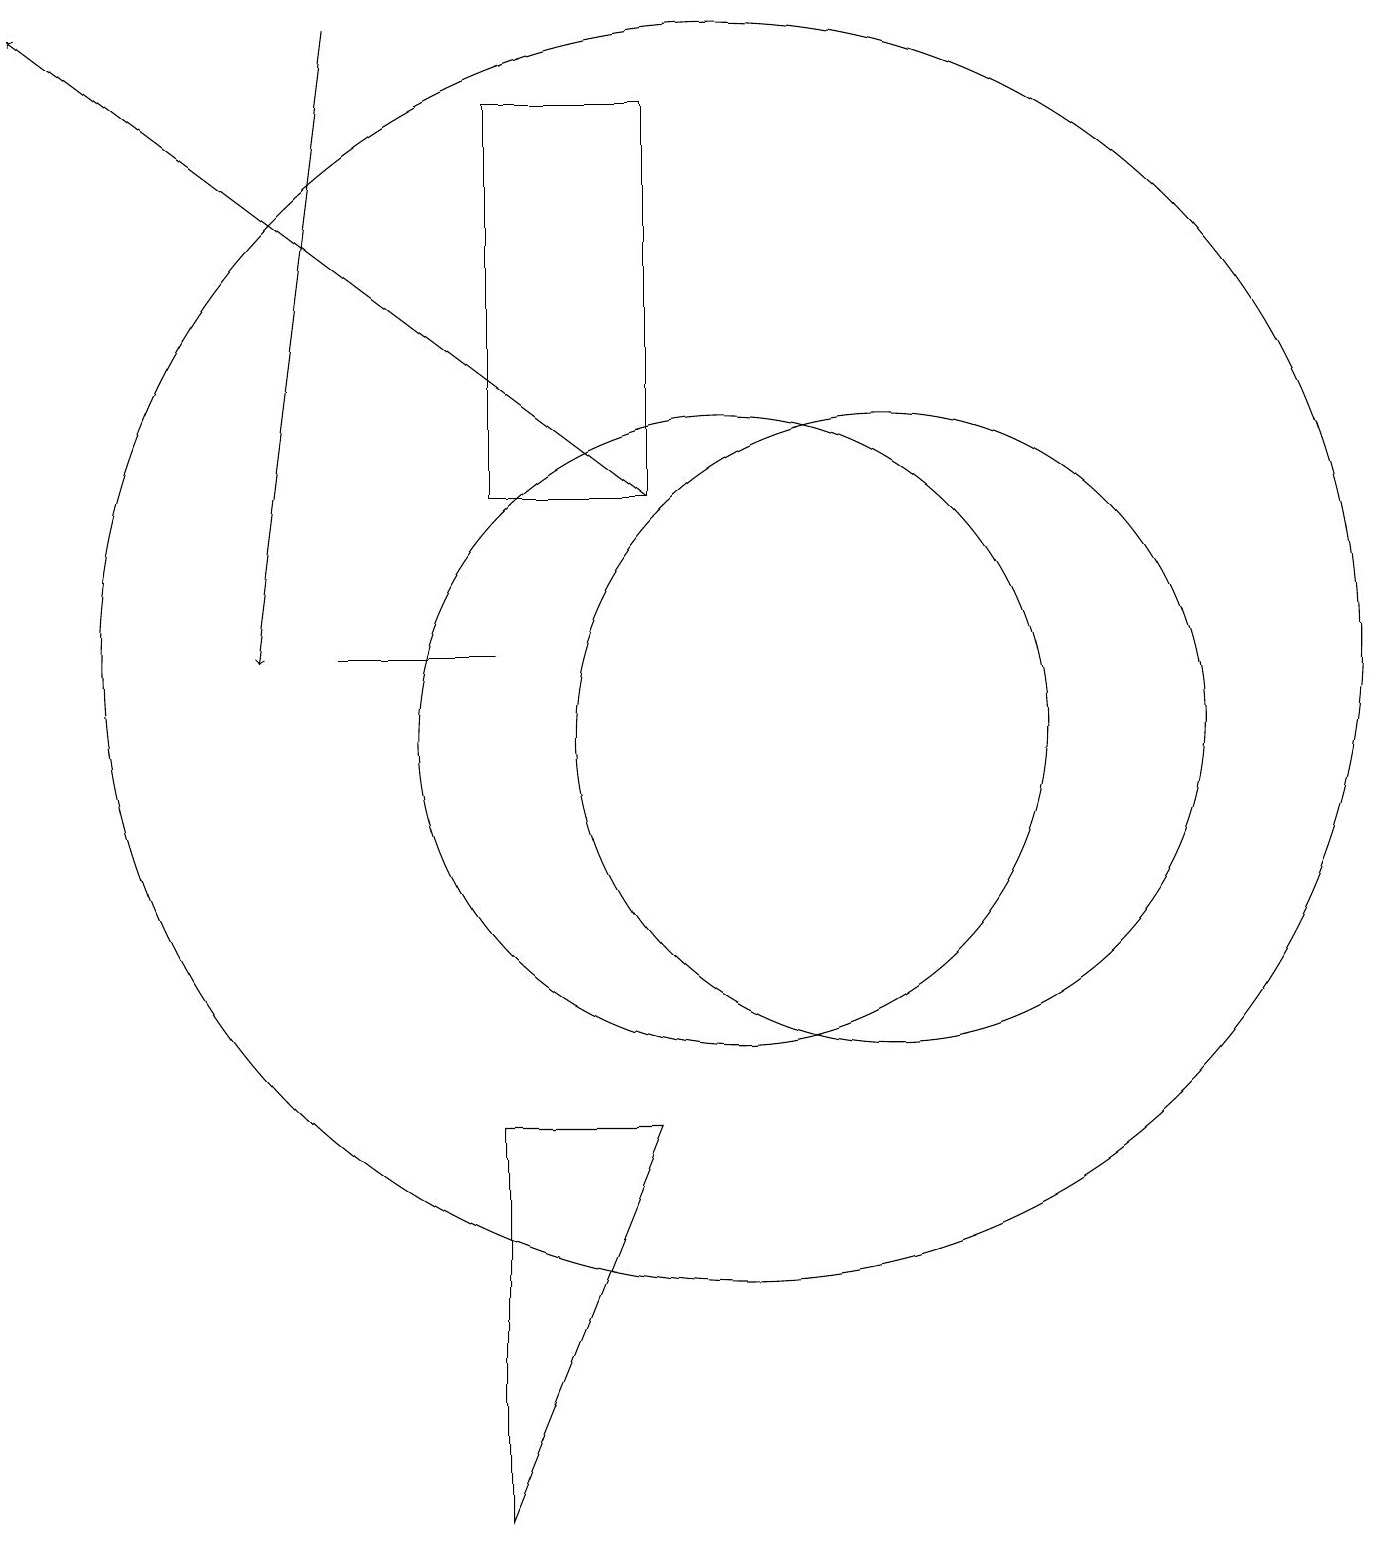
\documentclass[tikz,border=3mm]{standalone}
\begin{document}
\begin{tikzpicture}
\draw[->] (5,19) -- (4,11);
\draw[->] (9,13) -- (1,19);
\draw (10,11) circle (8);
\draw (7,0) -- (9,5) -- (7,5) -- cycle;
\draw (10,10) circle (4);
\draw (7,11) rectangle (5,11);
\draw (9,18) rectangle (7,13);
\draw (12,10) circle (4);
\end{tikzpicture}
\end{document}